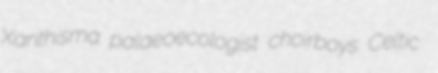
Xanthisma palaeoecologist choirboys Celtic